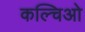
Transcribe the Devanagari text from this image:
कल्चिओ